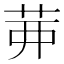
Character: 𦮉